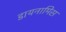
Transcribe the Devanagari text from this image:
डायनामिस